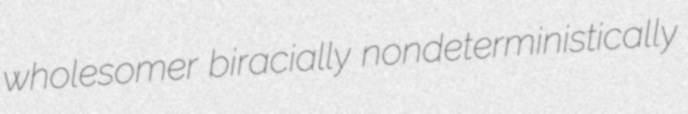
wholesomer biracially nondeterministically